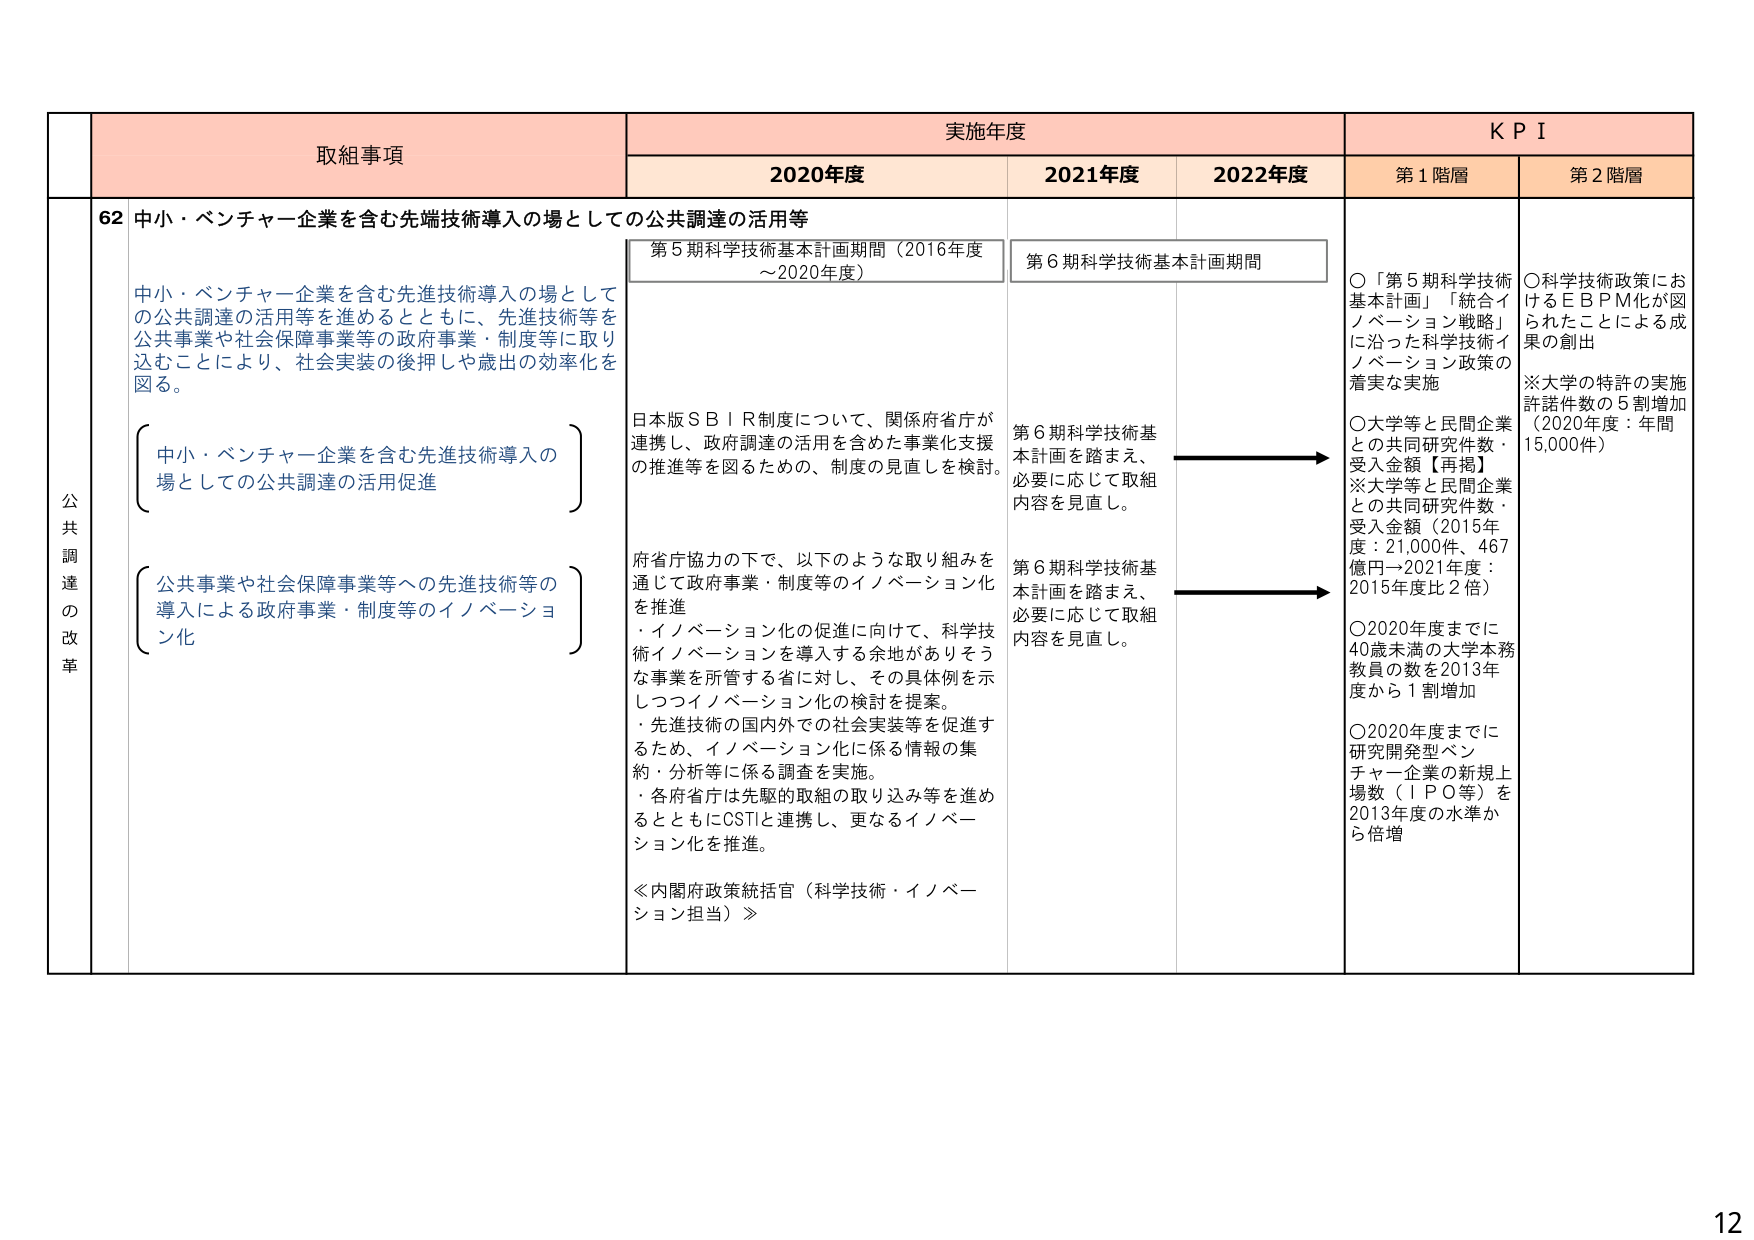
取組事項
実施年度
KPI
2020年度
2021年度
2022年度
第1階層
第2階層
62 中小・ベンチャー企業を含む先端技術導入の場としての公共調達の活用等
第5期科学技術基本計画期間（2016年度～2020年度）
第6期科学技術基本計画期間
○「第5期科学技術基本計画」「統合イノベーション戦略」に沿った科学技術イノベーション政策の着実な実施
○科学技術政策におけるＥＢＰＭ化が図られたことによる成果の創出
※大学の特許の実施許諾件数の5割増加（2020年度：年間15,000件）
中小・ベンチャー企業を含む先進技術導入の場としての公共調達の活用等を進めるとともに、先進技術等を公共事業や社会保障事業等の政府事業・制度等に取り込むことにより、社会実装の後押しや歳出の効率化を図る。
日本版ＳＢＩＲ制度について、関係府省庁が連携し、政府調達の活用を含めた事業化支援の推進等を図るための、制度の見直しを検討。
第6期科学技術基本計画を踏まえ、必要に応じて取組内容を見直し。
○大学等と民間企業との共同研究件数・受入金額【再掲】
※大学等と民間企業との共同研究件数・受入金額（2015年度：21,000件、467億円→2021年度：2015年度比2倍）
○2020年度までに40歳未満の大学本務教員の数を2013年度から1割増加
○2020年度までに研究開発型ベンチャー企業の新規上場数（ＩＰＯ等）を2013年度の水準から倍増
中小・ベンチャー企業を含む先進技術導入の場としての公共調達の活用促進
府省庁協力の下で、以下のような取り組みを通じて政府事業・制度等のイノベーション化を推進
・イノベーション化の促進に向けて、科学技術イノベーションを導入する余地がありそうな事業を所管する省に対し、その具体例を示しつつイノベーション化の検討を提案。
・先進技術の国内外での社会実装等を促進するため、イノベーション化に係る情報の集約・分析等に係る調査を実施。
・各府省庁は先駆的取組の取り込み等を進めるとともにCSTIと連携し、更なるイノベーション化を推進。
≪内閣府政策統括官（科学技術・イノベーション担当）≫
第6期科学技術基本計画を踏まえ、必要に応じて取組内容を見直し。
公共調達の改革
公共事業や社会保障事業等への先進技術等の導入による政府事業・制度等のイノベーション化
12